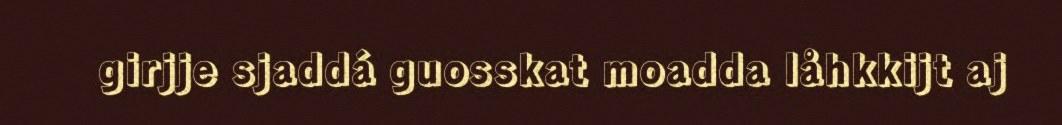
girjje sjaddá guosskat moadda låhkkijt aj